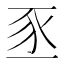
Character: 𫎅